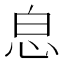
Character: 𢘣